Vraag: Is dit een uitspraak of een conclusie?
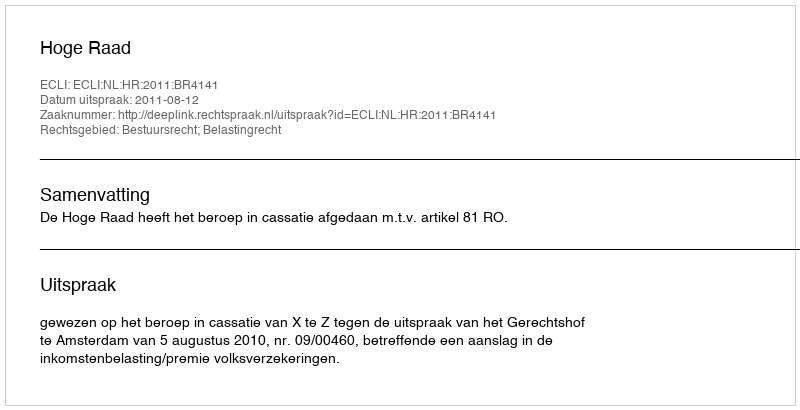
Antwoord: Uitspraak